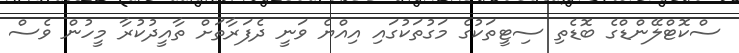
ސްކޮޓްލޭންޑްގެ ބޮޑެތި ސިޓީތަކުގެ މަގުތަކުގައި އިއްޔެ ވަނީ ދެފަރާތަށް ތާއީދުކުރާ މީހުން ވެސް